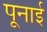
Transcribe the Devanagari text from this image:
पूनाई